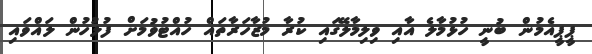
ޕީޕީއެމުން ބުނީ ހުޅުމާލެ އާއި ވިލިމާލޭގައި ކުރާ މުޒާހަރާތައް ހުއްޓުވުމަށް ފުލުހުން ލައްވައި